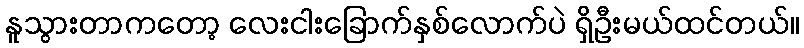
နူသွားတာကတော့ လေးငါးခြောက်နှစ်လောက်ပဲ ရှိဦးမယ်ထင်တယ်။